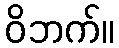
ဝိဘက်။